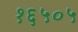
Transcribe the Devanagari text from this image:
१६५०५